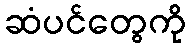
ဆံပင်တွေကို